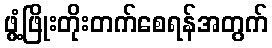
ဖွံ့ဖြိုးတိုးတက်စေရန်အတွက်